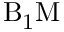
\mathrm { B _ { 1 } M }